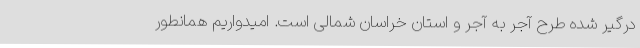
درگیر شده طرح آجر به آجر و استان خراسان شمالی است. امیدواریم همانطور